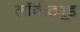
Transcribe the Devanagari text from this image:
लॉगीट्यूड